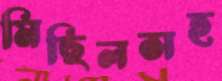
মিছিলসহ